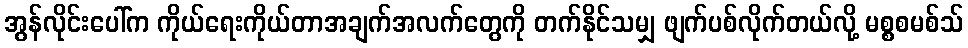
အွန်လိုင်းပေါ်က ကိုယ်ရေးကိုယ်တာအချက်အလက်တွေကို တက်နိုင်သမျှ ဖျက်ပစ်လိုက်တယ်လို့ မစ္စစမစ်သ်